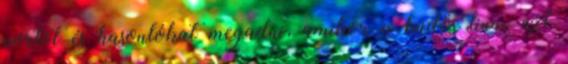
portot és hasonlókat megadni, amikor a büdös linux ezt